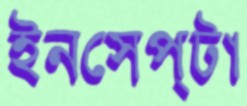
ইনসেপ্টা